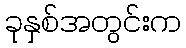
ခုနှစ်အတွင်းက